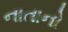
નાતાનો